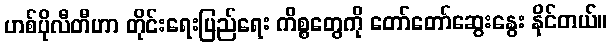
ဟစ်ပိုလီတီဟာ တိုင်းရေးပြည်ရေး ကိစ္စတွေကို တော်တော်ဆွေးနွေး နိုင်တယ်။